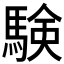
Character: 験